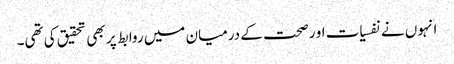
انہوں نے نفسیات او رصحت کے درمیان میں روابط پر بھی تحقیق کی تھی۔